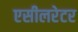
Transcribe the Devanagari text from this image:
एसीलरेटर